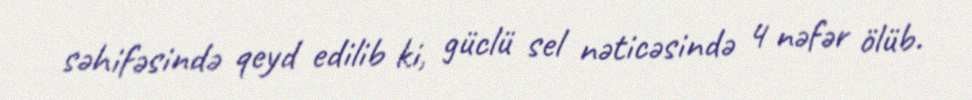
səhifəsində qeyd edilib ki, güclü sel nəticəsində 4 nəfər ölüb.